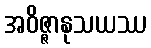
အဝိဇ္ဇာနုသယဿ